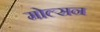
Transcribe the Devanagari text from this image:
मोल्सन